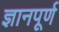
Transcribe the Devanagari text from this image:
ज्ञानपूर्ण